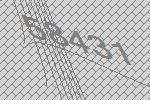
58431